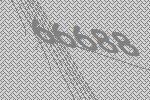
66688